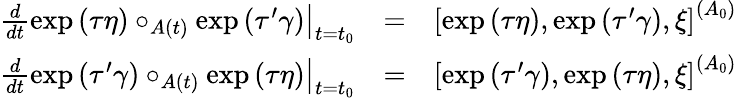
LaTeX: \begin{array}{rlr}{\frac{d}{dt}\left.\exp\left(\tau\eta\right)\circ_{A\left(t\right)}\exp\left(\tau^{\prime}\gamma\right)\right\vert_{t=t_{0}}}&{=}&{\left[\exp\left(\tau\eta\right),\exp\left(\tau^{\prime}\gamma\right),\xi\right]^{\left(A_{0}\right)}}\\ {\frac{d}{dt}\left.\exp\left(\tau^{\prime}\gamma\right)\circ_{A\left(t\right)}\exp\left(\tau\eta\right)\right\vert_{t=t_{0}}}&{=}&{\left[\exp\left(\tau^{\prime}\gamma\right),\exp\left(\tau\eta\right),\xi\right]^{\left(A_{0}\right)}}\end{array}